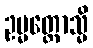
ဥမ္မတ္တောသ္မိ